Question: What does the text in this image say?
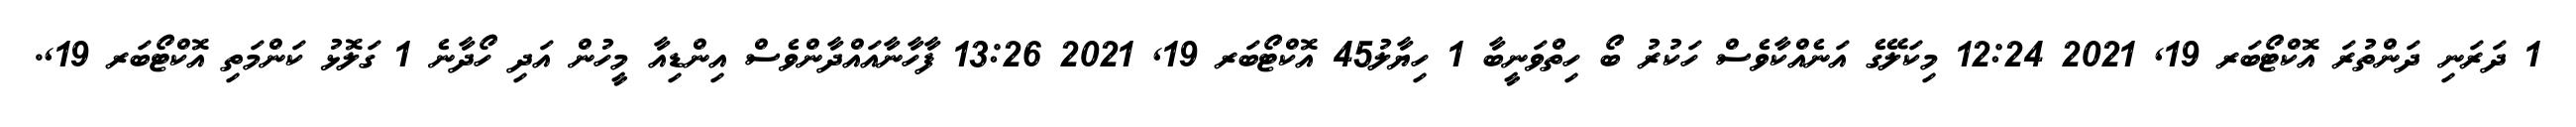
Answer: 1 ދަރަނި ދަންތުރަ އޮކްޓޯބަރ 19, 2021 12:24 މިކަލޭގެ އަނެއްކާވެސް ހަކުރު ބޯ ހިތްވަނީބާ 1 ހިޔާލު45 އޮކްޓޯބަރ 19, 2021 13:26 ފާހާނާއައްދާންވެސް އިންޑިއާ މީހުން އަދި ހޯދާނެ 1 ގަލޮޅު ކަންމަތި އޮކްޓޯބަރ 19,.